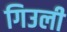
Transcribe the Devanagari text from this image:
गिउली